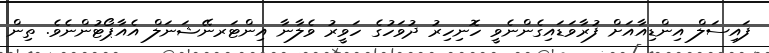
ފައިސަލް އިންޑިއާއަށް ފުރާވަޑައިގެންނެވީ ހޮނިހިރު ދުވަހުގެ ހަވީރު ވެލާނާ އިންޓަރނޭޝަނަލް އެއާޕޯޓުންނެވެ. ތިން